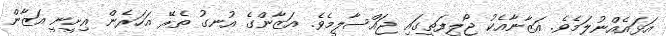
އަޅައެއްނުލަމެވެ. އަޒާނާއެކު ޖޯލިފަތީގައި ޖައްސާލީމެވެ. އަޒާންގެ އުނގު ތެރޭ އަހަރެން އިށީނީ އަޒާން